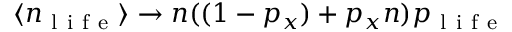
\langle n _ { \mathrm { ~ l ~ i ~ f ~ e ~ } } \rangle \rightarrow n ( ( 1 - p _ { x } ) + p _ { x } n ) p _ { \mathrm { ~ l ~ i ~ f ~ e ~ } }